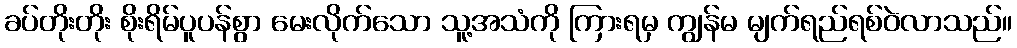
ခပ်တိုးတိုး စိုးရိမ်ပူပန်စွာ မေးလိုက်သော သူ့အသံကို ကြားရမှ ကျွန်မ မျက်ရည်ရစ်ဝဲလာသည်။